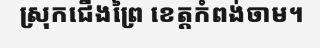
ស្រុកជើងព្រៃ ខេត្តកំពង់ចាម។